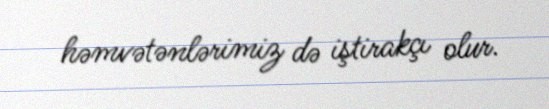
həmvətənlərimiz də iştirakçı olur.